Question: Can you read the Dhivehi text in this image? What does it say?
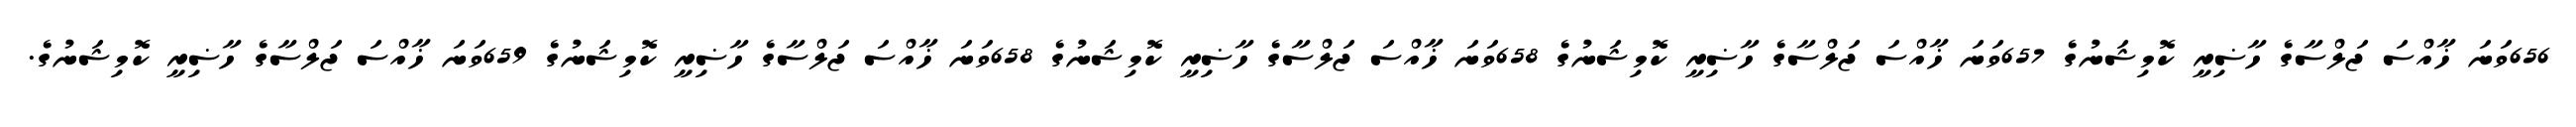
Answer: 656ވަނަ ޚާއްސަ ޖަލްސާގެ ހާޟިރީ ކޮމިޝަނުގެ 657ވަނަ ޚާއްސަ ޖަލްސާގެ ހާޟިރީ ކޮމިޝަނުގެ 658ވަނަ ޚާއްސަ ޖަލްސާގެ ހާޟިރީ ކޮމިޝަނުގެ 658ވަނަ ޚާއްސަ ޖަލްސާގެ ހާޟިރީ ކޮމިޝަނުގެ 659ވަނަ ޚާއްސަ ޖަލްސާގެ ހާޟިރީ ކޮމިޝަނުގެ.